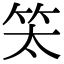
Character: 𥫵